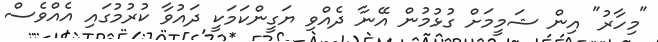
"މިހާރު" އިން ޝަމީމަށް ގުޅުމުން އޭނާ ދެއްވި ޔަގީންކަމަކީ ދައުވާ ކުރުމުގައި އެއްވެސް